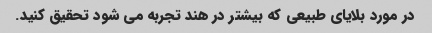
در مورد بلایای طبیعی که بیشتر در هند تجربه می شود تحقیق کنید.